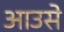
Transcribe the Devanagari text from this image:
आउसे